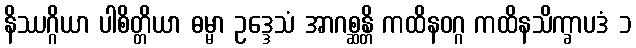
နိဿဂ္ဂိယာ ပါစိတ္တိယာ ဓမ္မာ ဥဒ္ဒေသံ အာဂစ္ဆန္တိ ကထိနဝဂ္ဂ ကထိနသိက္ခာပဒံ ၁